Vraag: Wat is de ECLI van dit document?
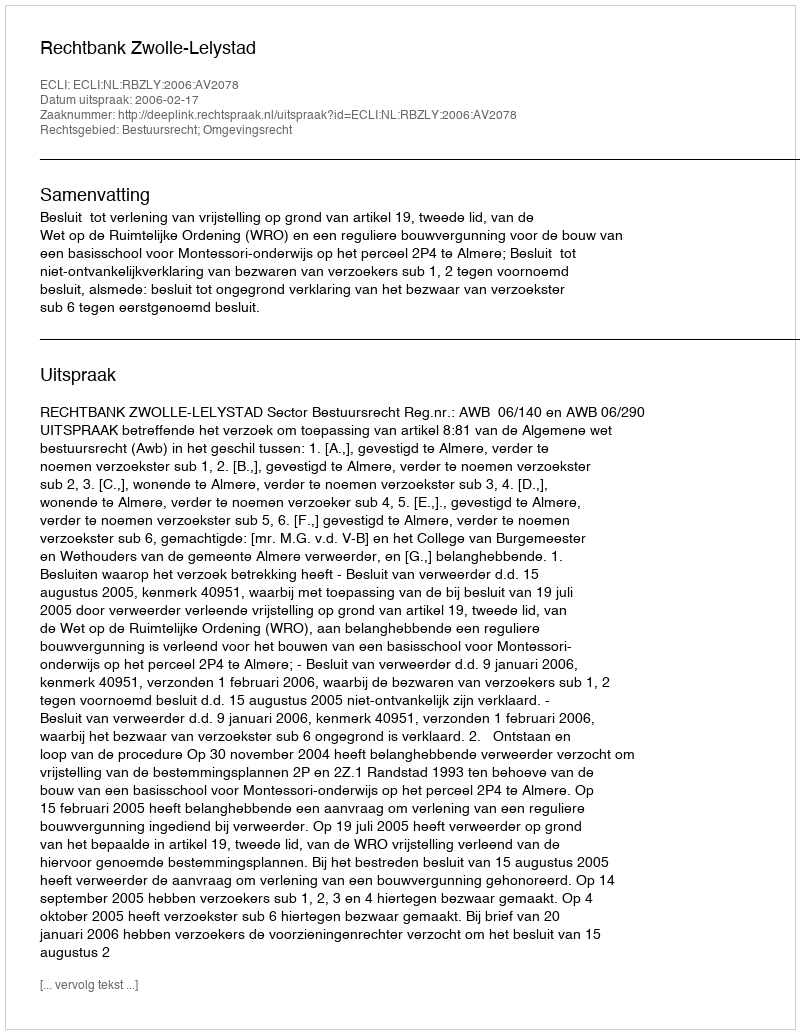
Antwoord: ECLI:NL:RBZLY:2006:AV2078